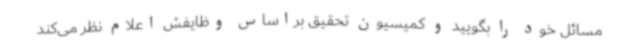
مسائل خود را بگویید و کمیسیون تحقیق براساس وظایفش اعلام نظر می‌کند